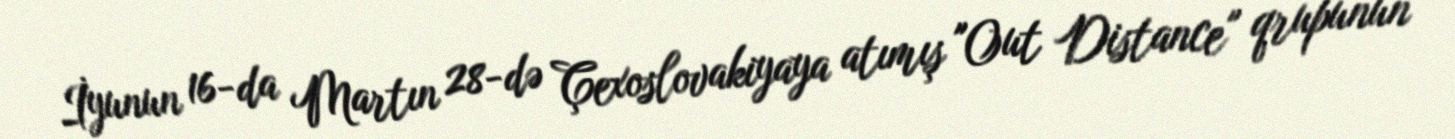
İyunun 16-da Martın 28-də Çexoslovakiyaya atımış "Out Distance" qrupunun